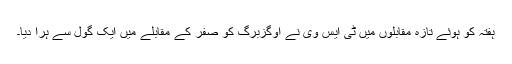
ہفتہ کو ہوئے تازہ مقابلوں میں ٹی ایس وی نے اوگزبرگ کو صفر کے مقابلے میں ایک گول سے ہرا دیا۔